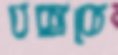
বক্সকে